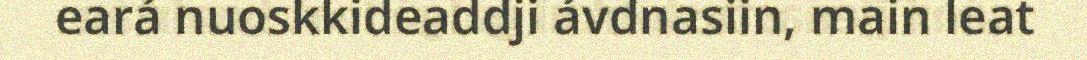
eará nuoskkideaddji ávdnasiin, main leat